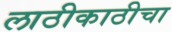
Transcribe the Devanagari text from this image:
लाठीकाठीचा